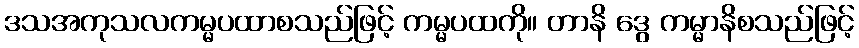
ဒသအကုသလကမ္မပထာစသည်ဖြင့် ကမ္မပထကို။ တာနိ ဒွေ ကမ္မာနိစသည်ဖြင့်